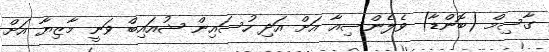
ގާސިމް (ބޮންޑާ) ވެލެންސިއާ އަށް އަދި ހުސައިން ޝުއައިބް ވަނީ މާޒިޔާ އަށް